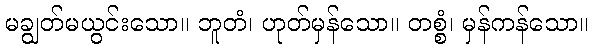
မချွတ်မယွင်းသော။ ဘူတံ၊ ဟုတ်မှန်သော။ တစ္စံ၊ မှန်ကန်သော။